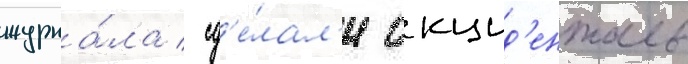
журна́ла / сд'е́лал'и окцид'енталь